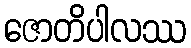
ဇောတိပါလဿ